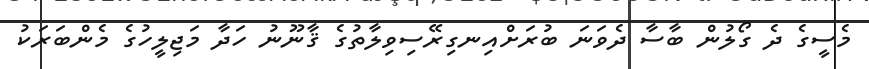
މެސީގެ ދެ ގޯލުން ބާސާ ދެވަނަ ބުރަށްއިނގިރޭސިވިލާތުގެ ޤާނޫނު ހަދާ މަޖިލީހުގެ މެންބަރަކު